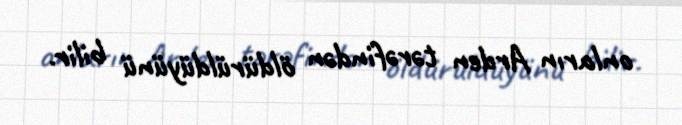
onların Arden tərəfindən öldürüldüyünü bilir.